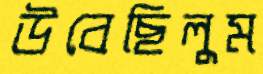
উবেছিলুম